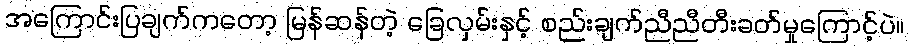
အကြောင်းပြချက်ကတော့ မြန်ဆန်တဲ့ ခြေလှမ်းနှင့် စည်းချက်ညီညီတီးခတ်မှုကြောင့်ပဲ။